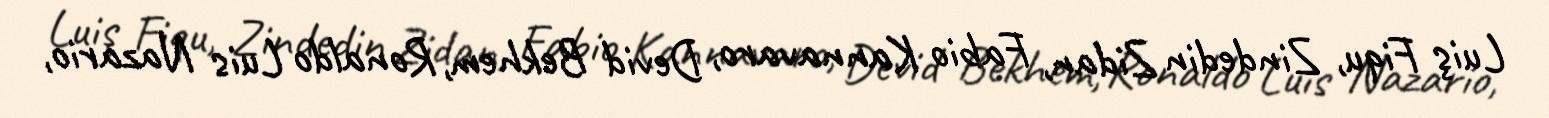
Luiş Fiqu, Zindedin Zidan, Fabio Kannavaro, Devid Bekhem, Ronaldo Luis Nazario,